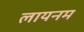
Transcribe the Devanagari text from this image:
लायनम